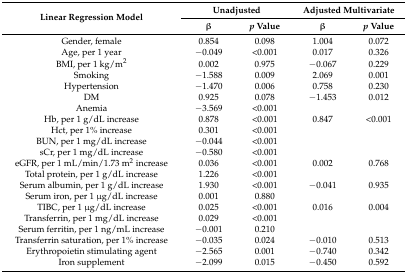
<table><thead><tr><td rowspan="2"><b>Linear Regression Model</b></td><td colspan="2"><b>Unadjusted</b></td><td colspan="2"><b>Adjusted Multivariate</b></td></tr><tr><td><b>β</b></td><td><b><i>p</i> Value</b></td><td><b>β</b></td><td><b><i>p</i> Value</b></td></tr></thead><tbody><tr><td>Gender, female</td><td>0.854</td><td>0.098</td><td>1.004</td><td>0.072</td></tr><tr><td>Age, per 1 year</td><td>−0.049</td><td>&lt;0.001</td><td>0.017</td><td>0.326</td></tr><tr><td>BMI, per 1 kg/m<sup>2</sup></td><td>0.002</td><td>0.975</td><td>−0.067</td><td>0.229</td></tr><tr><td>Smoking</td><td>−1.588</td><td>0.009</td><td>2.069</td><td>0.001</td></tr><tr><td>Hypertension</td><td>−1.470</td><td>0.006</td><td>0.758</td><td>0.230</td></tr><tr><td>DM</td><td>0.925</td><td>0.078</td><td>−1.453</td><td>0.012</td></tr><tr><td>Anemia</td><td>−3.569</td><td>&lt;0.001</td><td></td><td></td></tr><tr><td>Hb, per 1 g/dL increase</td><td>0.878</td><td>&lt;0.001</td><td>0.847</td><td>&lt;0.001</td></tr><tr><td>Hct, per 1% increase</td><td>0.301</td><td>&lt;0.001</td><td></td><td></td></tr><tr><td>BUN, per 1 mg/dL increase</td><td>−0.044</td><td>&lt;0.001</td><td></td><td></td></tr><tr><td>sCr, per 1 mg/dL increase</td><td>−0.580</td><td>&lt;0.001</td><td></td><td></td></tr><tr><td>eGFR, per 1 mL/min/1.73 m<sup>2</sup> increase</td><td>0.036</td><td>&lt;0.001</td><td>0.002</td><td>0.768</td></tr><tr><td>Total protein, per 1 g/dL increase</td><td>1.226</td><td>&lt;0.001</td><td></td><td></td></tr><tr><td>Serum albumin, per 1 g/dL increase</td><td>1.930</td><td>&lt;0.001</td><td>−0.041</td><td>0.935</td></tr><tr><td>Serum iron, per 1 μg/dL increase</td><td>0.001</td><td>0.880</td><td></td><td></td></tr><tr><td>TIBC, per 1 μg/dL increase</td><td>0.025</td><td>&lt;0.001</td><td>0.016</td><td>0.004</td></tr><tr><td>Transferrin, per 1 mg/dL increase</td><td>0.029</td><td>&lt;0.001</td><td></td><td></td></tr><tr><td>Serum ferritin, per 1 ng/mL increase</td><td>−0.001</td><td>0.210</td><td></td><td></td></tr><tr><td>Transferrin saturation, per 1% increase</td><td>−0.035</td><td>0.024</td><td>−0.010</td><td>0.513</td></tr><tr><td>Erythropoietin stimulating agent</td><td>−2.565</td><td>0.001</td><td>−0.740</td><td>0.342</td></tr><tr><td>Iron supplement</td><td>−2.099</td><td>0.015</td><td>−0.450</td><td>0.592</td></tr></tbody></table>